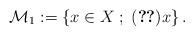
LaTeX: \begin{align*} \mathcal{M}_1:=\left\{x\in X\;;\;(\ref{cor:main2:eq})x\right\}.\end{align*}